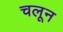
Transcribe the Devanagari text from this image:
चलून